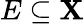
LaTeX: E\subseteq\mathbf{X}